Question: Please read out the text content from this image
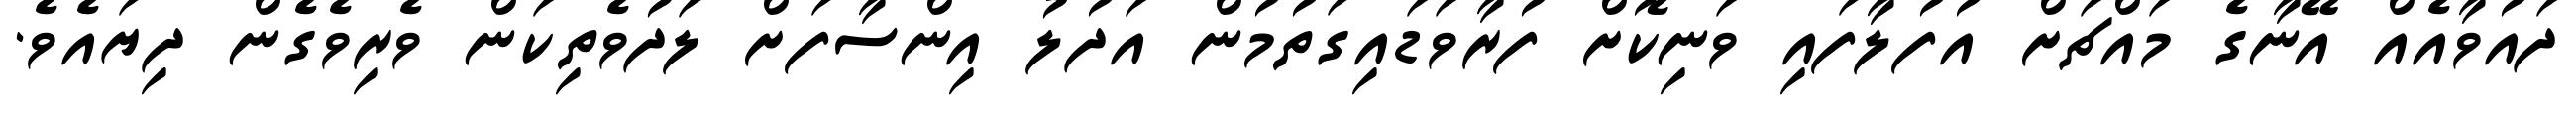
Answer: ދައުވާއެއް އޭނާގެ މައްޗަށް އުފުލާފައި ވަނިކޮށް ފުރާވަޑައިގަތުމުން އަދުލު އިންސާފަށް ލަދުވެތިކަން ވެރިވެގެން ދިޔައެވެ.